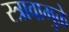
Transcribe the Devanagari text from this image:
स्त्रावामुळे